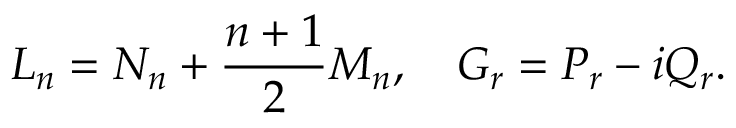
L _ { n } = N _ { n } + \frac { n + 1 } { 2 } M _ { n } , \quad G _ { r } = P _ { r } - i Q _ { r } .